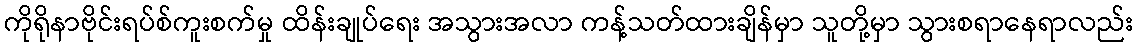
ကိုရိုနာဗိုင်းရပ်စ်ကူးစက်မှု ထိန်းချုပ်ရေး အသွားအလာ ကန့်သတ်ထားချိန်မှာ သူတို့မှာ သွားစရာနေရာလည်း